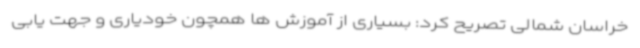
خراسان شمالی تصریح کرد: بسیاری از آموزش ها همچون خودیاری و جهت یابی